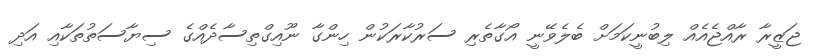
ޖަޒީރާ ރާއްޖެއެއް ލިބުނީކަމަށް ބެލެވޭނީ އޯގާތެރި ސަރުކާރަކުން ހިންގާ ނޫއިގްތިސާދެއްގެ ސިޔާސަތުތަކާއި އަދި